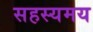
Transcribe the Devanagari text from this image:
सहस्यमय